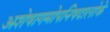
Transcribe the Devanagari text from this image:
अशेषागमोपनिषदालोके